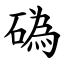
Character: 䃣